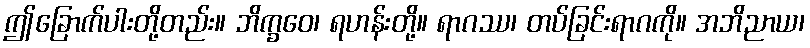
ဤခြောက်ပါးတို့တည်း။ ဘိက္ခဝေ၊ ရဟန်းတို့။ ရာဂဿ၊ တပ်ခြင်းရာဂကို။ အဘိညာယ၊